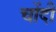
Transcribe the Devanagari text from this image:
चोंदी